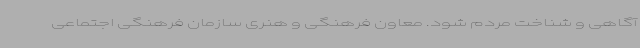
آگاهی و شناخت مردم شود. معاون فرهنگی و هنری سازمان فرهنگی اجتماعی